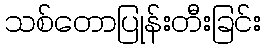
သစ်တောပြုန်းတီးခြင်း